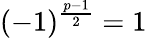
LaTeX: (-1)^{\frac{p-1}{2}}=1